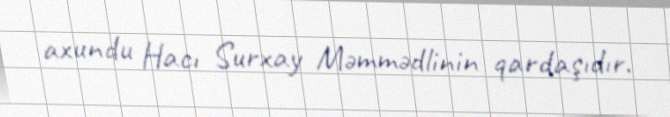
axundu Hacı Surxay Məmmədlinin qardaşıdır.